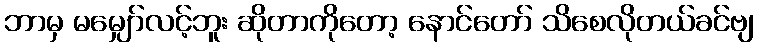
ဘာမှ မမျှော်လင့်ဘူး ဆိုတာကိုတော့ နောင်တော် သိစေလိုတယ်ခင်ဗျ